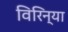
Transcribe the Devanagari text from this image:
विरिन्या